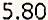
5.80